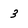
Character: 3